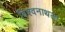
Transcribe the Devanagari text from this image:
विश्वनाथला